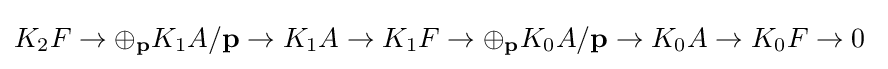
K_{2}F\rightarrow \oplus _{\mathbf {p} }K_{1}A/{\mathbf {p} }\rightarrow K_{1}A\rightarrow K_{1}F\rightarrow \oplus _{\mathbf {p} }K_{0}A/{\mathbf {p} }\rightarrow K_{0}A\rightarrow K_{0}F\rightarrow 0\